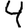
Digit: 4